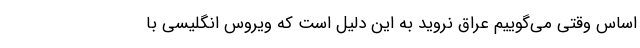
اساس وقتی می‌گوییم عراق نروید به این دلیل است که ویروس انگلیسی با